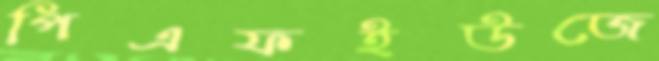
পিএফইউজে